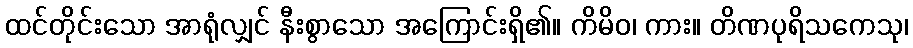
ထင်တိုင်းသော အာရုံလျှင် နီးစွာသော အကြောင်းရှိ၏။ ကိမိဝ၊ ကား။ တိဏပုရိသကေသု၊